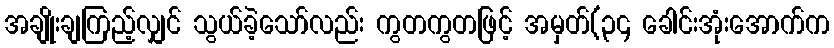
အချိုးချကြည့်လျှင် သွယ်ခဲ့သော်လည်း ကွတကွတဖြင့် အမှတ်(၃၄ ခေါင်းအုံးအောက်က